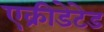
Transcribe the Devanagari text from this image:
एक्रीडेटेड